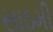
સાઠમી